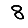
Digit: 8